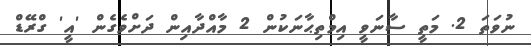
ނުވަތަ 2. މަތީ ސާނަވީ އިމްތިޙާނަކުން 2 މާއްދާއިން ދަށްވެގެން 'އީ' ގްރޭޑް